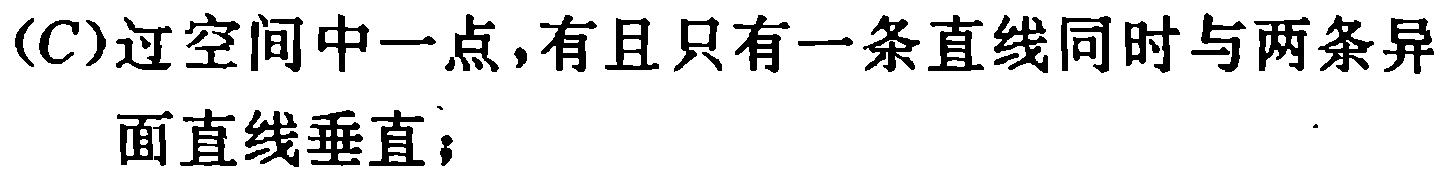
(C)过空间中一点,有且只有一条直线同时与两条异面直线垂直;